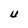
Character: U